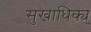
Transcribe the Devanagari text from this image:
सुखाधिक्य